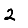
Digit: 2